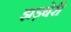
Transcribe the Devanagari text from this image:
झड़बेरी